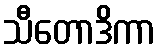
သီတောဒိကာ